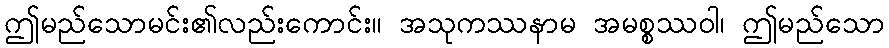
ဤမည်သောမင်း၏လည်းကောင်း။ အသုကဿနာမ အမစ္စဿဝါ၊ ဤမည်သော